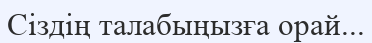
Сіздің талабыңызға орай...